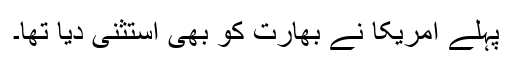
پہلے امریکا نے بھارت کو بھی استثنیٰ دیا تھا۔